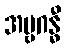
အမ္ဗဂန္ဓီ